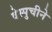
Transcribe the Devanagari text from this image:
वेस्पुचीने